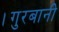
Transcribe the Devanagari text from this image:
।गुरबानी